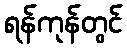
ရန်ကုန်တွင်